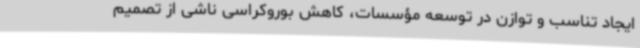
ایجاد تناسب و توازن در توسعه مؤسسات، کاهش بوروکراسی ناشی از تصمیم